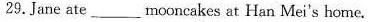
29.Jane ate ___mooncakes at Han Mei's home.